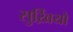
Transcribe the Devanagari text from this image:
सुर्ख़ियो